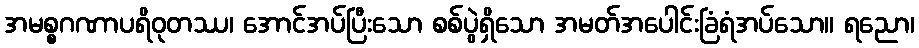
အမစ္စဂဏာပရိဝုတဿ၊ အောင်အပ်ပြီးသော စစ်ပွဲရှိသော အမတ်အပေါင်းခြံရံအပ်သော။ ရညော၊